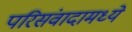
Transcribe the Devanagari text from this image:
परिसंवादामध्ये